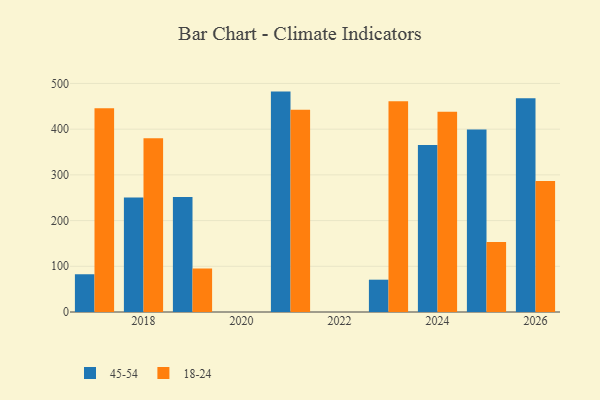
{"axis": {"x": "Year", "y": "Shipments"}, "legend": ["18-24", "45-54"], "data": [{"x": "2019", "y": 251.5, "type": "45-54"}, {"x": "2019", "y": 95.1, "type": "18-24"}, {"x": "2017", "y": 82.6, "type": "45-54"}, {"x": "2017", "y": 446.0, "type": "18-24"}, {"x": "2024", "y": 365.3, "type": "45-54"}, {"x": "2024", "y": 438.3, "type": "18-24"}, {"x": "2023", "y": 70.7, "type": "45-54"}, {"x": "2023", "y": 461.3, "type": "18-24"}, {"x": "2021", "y": 482.2, "type": "45-54"}, {"x": "2021", "y": 442.5, "type": "18-24"}, {"x": "2026", "y": 467.5, "type": "45-54"}, {"x": "2026", "y": 286.8, "type": "18-24"}, {"x": "2025", "y": 399.3, "type": "45-54"}, {"x": "2025", "y": 153.2, "type": "18-24"}, {"x": "2018", "y": 250.4, "type": "45-54"}, {"x": "2018", "y": 380.2, "type": "18-24"}]}